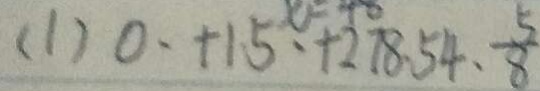
( 1 ) 0 、 + 1 5 、 + 2 7 8 . 5 4 . 、 \frac { 5 } { 8 }